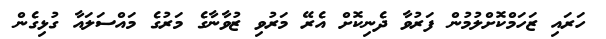
ހަރައި ޒަހަމްކޮށްލުމުން ފަރުވާ ދެނިކޮށް އެރޭ މަރުވި ޒުވާނާގެ މަރުގެ މައްސަލައާ ގުޅިގެން